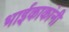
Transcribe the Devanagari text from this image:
भाईकाकांनी